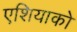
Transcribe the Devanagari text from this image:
एशियाको